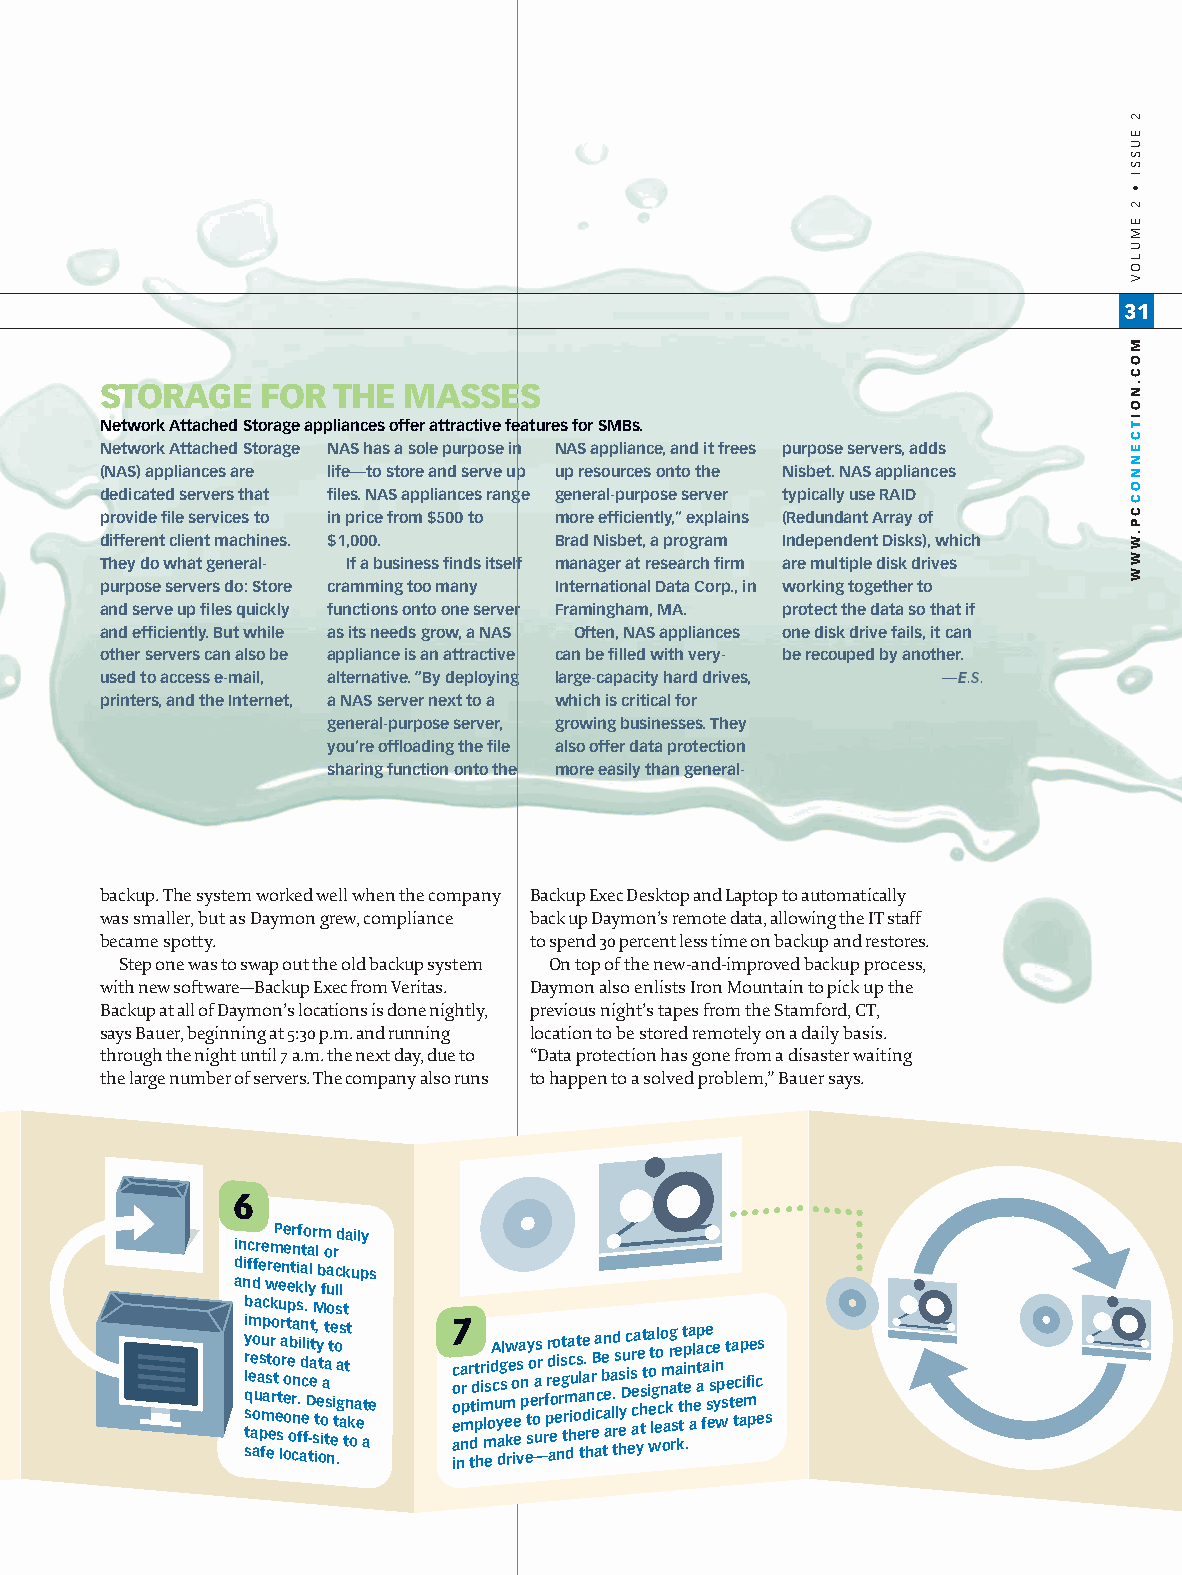
06PCCC Entire Issue 31gg 6/14/05 11:29 AM Page 31
 31
 STORAGE   FOR  THE  MASSES
 Network Attached Storage appliances offer attractive features for SMBs.
 Network Attached Storage NAS has a sole purpose in NAS appliance,and it frees purpose servers,adds
 (NAS) appliances are life—to store and serve up up resources onto the Nisbet.NAS appliances
 dedicated servers that files.NAS appliances range general-purpose server typically use RAID
 provide file services to in price from $500 to more efficiently,’’ explains (Redundant Array of
 different client machines. $1,000. Brad Nisbet,a program Independent Disks),which
 They do what general- If a business finds itself manager at research firm are multiple disk drives
 purpose servers do:Store cramming too many International Data Corp.,in working together to
 and serve up files quickly functions onto one server Framingham,MA. protect the data so that if
 and efficiently.But while as its needs grow,a NAS Often,NAS appliances one disk drive fails,it can
 other servers can also be appliance is an attractive can be filled with very- be recouped by another.
 used to access e-mail, alternative.“By deploying large-capacity hard drives, —E.S.
 printers,and the Internet, a NAS server next to a which is critical for
 general-purpose server, growing businesses.They
 you’re offloading the file also offer data protection
 sharing function onto the more easily than general-
 backup.The system worked well when the company Backup Exec Desktop and Laptop to automatically
 was smaller,but as Daymon grew,compliance back up Daymon’s remote data,allowing the ITstaff
 became spotty.              to spend 30 percent less time on backup and restores.
 Step one was to swap out the old backup system On top of the new-and-improved backup process,
 with new software—Backup Exec from Veritas. Daymon also enlists Iron Mountain to pick up the
 Backup at all of Daymon’s locations is done nightly, previous night’s tapes from the Stamford,CT,
 says Bauer,beginning at 5:30 p.m.and running location to be stored remotely on a daily basis.
 through the night until 7 a.m.the next day,due to “Data protection has gone from a disaster waiting
 the large number of servers.The company also runs to happen to a solved problem,” Bauer says.
 6
 Perform daily
 incremental
 or
 differential
 backups
 and weekly full
 backups.
 Most
 sq s ti y r lm e ae aoo ua ps fmup as et er ro o t e st
 l
 r a r oeo o t e ob r ca n n . fi adn c e l fDi t-eat t s it, y et
 o
 ioaat t s nt e e i to .a gs a t t nt k o a e at e aeo c o i7
 n
 a nm pr r d ttd t p hi r mi mls ei odA c u y a dg sl m e kw
 r
 e o ie es va n p et sy o e o —a us r r r f prr d aeoeo e ni rs gt trm da hc iu o t s eal te da. hrn ir eB aa cc be tan e a a ld . trs l hes yD uc i esr e aca ye h tst t ia o wet lg eol co nm oa krg a rs e a k t t tt p i e h .na a l ep aa t f a ce s esie y n wp s t e ta tc e ap i mf pe ic e s s
 2
 EUSSI
 •
 2
 EMULOV
 MOC.NOITCENNOCCP.WWW